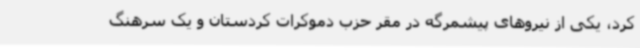
کرد، یکی از نیروهای پیشمرگه در مقر حزب دموکرات کردستان و یک سرهنگ